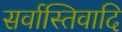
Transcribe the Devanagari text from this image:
सर्वास्तिवादि